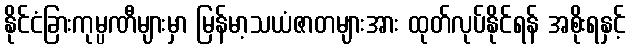
နိုင်ငံခြားကုမ္ပဏီများမှာ မြန်မာ့သယံဇာတများအား ထုတ်လုပ်နိုင်ရန် အစိုးရနှင့်